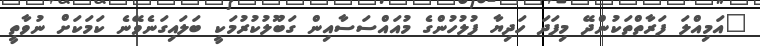
"އަމިއްލަ ފަރާތްތަކުންދޭ މިފަދަ ހަދިޔާ ފުލުހުންގެ މުއައްސަސާއިން ގަބޫލުކުރުމަކީ ބަލައިގަނެވޭނެ ކަމަކަށް ނުވާތީ